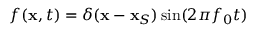
f ( \mathbf { x } , t ) = \delta ( \mathbf { x } - \mathbf { x } _ { S } ) \sin ( 2 \pi f _ { 0 } t )